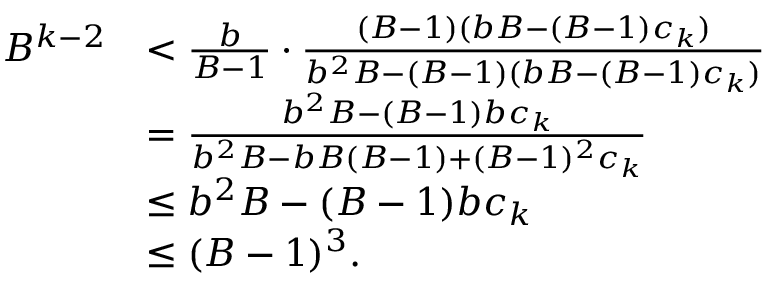
\begin{array} { r l } { B ^ { k - 2 } } & { < \frac { b } { B - 1 } \cdot \frac { ( B - 1 ) ( b B - ( B - 1 ) c _ { k } ) } { b ^ { 2 } B - ( B - 1 ) ( b B - ( B - 1 ) c _ { k } ) } } \\ & { = \frac { b ^ { 2 } B - ( B - 1 ) b c _ { k } } { b ^ { 2 } B - b B ( B - 1 ) + ( B - 1 ) ^ { 2 } c _ { k } } } \\ & { \leq b ^ { 2 } B - ( B - 1 ) b c _ { k } } \\ & { \leq ( B - 1 ) ^ { 3 } . } \end{array}